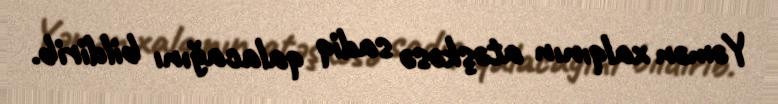
Yəmən xalqının atəşkəsə sadiq qalacağını bildirib.